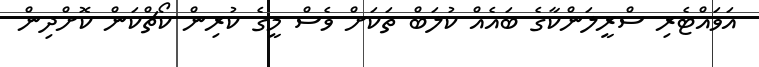
އަވައްޓެރި ސްރީލަންކާގެ ބައެއް ކުލަބް ތަކަށް ވެސް މީގެ ކުރިން ކޯޗްކަން ކޮށްދިން